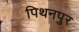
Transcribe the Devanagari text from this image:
पिथनपुर